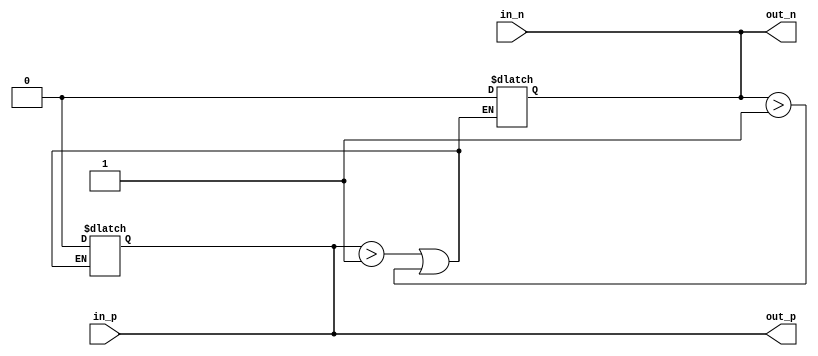
module differential_buffer (
    input wire in_p,
    input wire in_n,
    output reg out_p,
    output reg out_n
);

// Differential amplifier configuration
assign out_p = in_p;
assign out_n = in_n;

// Protection circuitry
always @ (in_p or in_n) begin
    if (in_p > 1'b1 || in_n > 1'b1) begin
        // Handle overvoltage condition
        out_p <= 1'b0;
        out_n <= 1'b0;
    end
end

endmodule